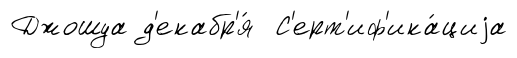
Джошуа д'екабр'я́ С'ерт'иф'ика́циjа